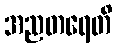
အညတရေတိ